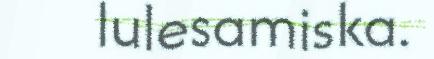
lulesamiska.